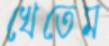
খেতেম